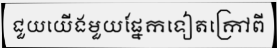
ជួយយើងមួយផ្នែកទៀតក្រៅពី